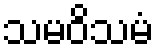
သမဝိသမံ